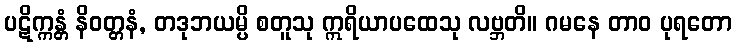
ပဋိက္ကန္တံ နိဝတ္တနံ, တဒုဘယမ္ပိ စတူသု ဣရိယာပထေသု လဗ္ဘတိ။ ဂမနေ တာဝ ပုရတော